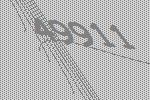
49911